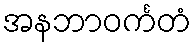
အနဘာဝင်္ကတံ